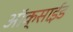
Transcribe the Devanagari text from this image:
ऑक्साई़ड